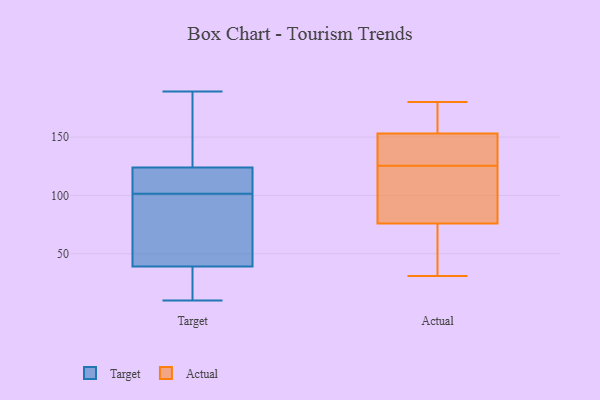
{"axis": {"x": "Energy Usage (MWh)", "y": "Value"}, "legend": ["Actual", "Target"], "data": [{"x": "", "y": 103, "type": "Target"}, {"x": "", "y": 29, "type": "Target"}, {"x": "", "y": 189, "type": "Target"}, {"x": "", "y": 39, "type": "Target"}, {"x": "", "y": 163, "type": "Target"}, {"x": "", "y": 124, "type": "Target"}, {"x": "", "y": 42, "type": "Target"}, {"x": "", "y": 10, "type": "Target"}, {"x": "", "y": 109, "type": "Target"}, {"x": "", "y": 100, "type": "Target"}, {"x": "", "y": 140, "type": "Actual"}, {"x": "", "y": 153, "type": "Actual"}, {"x": "", "y": 89, "type": "Actual"}, {"x": "", "y": 76, "type": "Actual"}, {"x": "", "y": 149, "type": "Actual"}, {"x": "", "y": 31, "type": "Actual"}, {"x": "", "y": 180, "type": "Actual"}, {"x": "", "y": 54, "type": "Actual"}, {"x": "", "y": 156, "type": "Actual"}, {"x": "", "y": 111, "type": "Actual"}]}